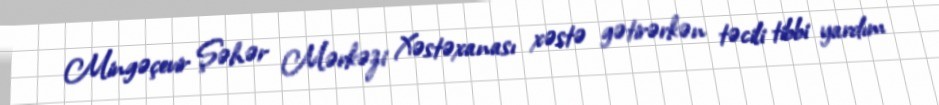
Mingəçevir Şəhər Mərkəzi Xəstəxanası xəstə gətirərkən təcili tibbi yardım